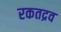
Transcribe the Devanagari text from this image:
रकतद्रव